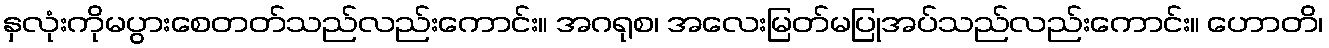
နှလုံးကိုမပွားစေတတ်သည်လည်းကောင်း။ အဂရုစ၊ အလေးမြတ်မပြုအပ်သည်လည်းကောင်း။ ဟောတိ၊